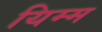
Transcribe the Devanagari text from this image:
यिम्म